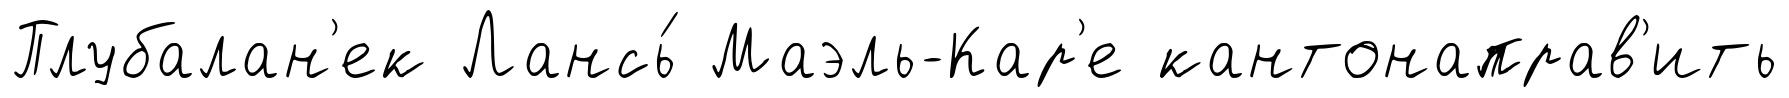
Плубалан'ек Лансь́ Маэль-Кар'е кантонаправ'ить